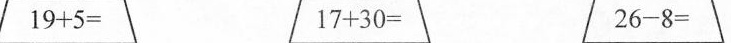
$$1 9 + 5 =$$ $$1 7 + 3 0 =$$ $$2 6 - 8 =$$